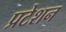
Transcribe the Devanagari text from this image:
प्रटेशन